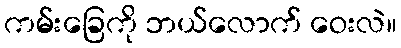
ကမ်းခြေကို ဘယ်လောက် ဝေးလဲ။